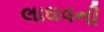
લાઘવની